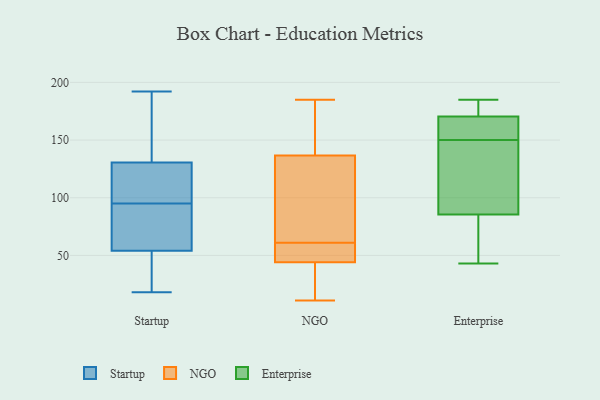
{"axis": {"x": "Market Share (%)", "y": "Value"}, "legend": ["Enterprise", "NGO", "Startup"], "data": [{"x": "", "y": 74, "type": "Startup"}, {"x": "", "y": 31, "type": "Startup"}, {"x": "", "y": 123, "type": "Startup"}, {"x": "", "y": 192, "type": "Startup"}, {"x": "", "y": 105, "type": "Startup"}, {"x": "", "y": 56, "type": "Startup"}, {"x": "", "y": 78, "type": "Startup"}, {"x": "", "y": 48, "type": "Startup"}, {"x": "", "y": 117, "type": "Startup"}, {"x": "", "y": 165, "type": "Startup"}, {"x": "", "y": 95, "type": "Startup"}, {"x": "", "y": 18, "type": "Startup"}, {"x": "", "y": 153, "type": "Startup"}, {"x": "", "y": 185, "type": "NGO"}, {"x": "", "y": 138, "type": "NGO"}, {"x": "", "y": 106, "type": "NGO"}, {"x": "", "y": 61, "type": "NGO"}, {"x": "", "y": 38, "type": "NGO"}, {"x": "", "y": 71, "type": "NGO"}, {"x": "", "y": 136, "type": "NGO"}, {"x": "", "y": 58, "type": "NGO"}, {"x": "", "y": 183, "type": "NGO"}, {"x": "", "y": 11, "type": "NGO"}, {"x": "", "y": 46, "type": "NGO"}, {"x": "", "y": 51, "type": "NGO"}, {"x": "", "y": 59, "type": "NGO"}, {"x": "", "y": 38, "type": "NGO"}, {"x": "", "y": 158, "type": "NGO"}, {"x": "", "y": 113, "type": "NGO"}, {"x": "", "y": 30, "type": "NGO"}, {"x": "", "y": 86, "type": "Enterprise"}, {"x": "", "y": 43, "type": "Enterprise"}, {"x": "", "y": 150, "type": "Enterprise"}, {"x": "", "y": 82, "type": "Enterprise"}, {"x": "", "y": 177, "type": "Enterprise"}, {"x": "", "y": 178, "type": "Enterprise"}, {"x": "", "y": 156, "type": "Enterprise"}, {"x": "", "y": 164, "type": "Enterprise"}, {"x": "", "y": 185, "type": "Enterprise"}, {"x": "", "y": 113, "type": "Enterprise"}, {"x": "", "y": 150, "type": "Enterprise"}, {"x": "", "y": 85, "type": "Enterprise"}]}